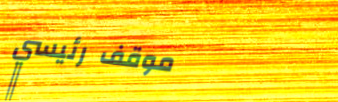
موقف رئيسي